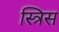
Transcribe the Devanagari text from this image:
स्त्रिस